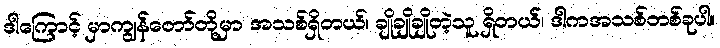
ဒါကြောင့် မှာကျွန်တော်တို့မှာ အသစ်ရှိတယ်၊ ချိုချိုချိုတဲ့သူ ရှိတယ်၊ ဒါကအသစ်တစ်ခုပါ။